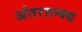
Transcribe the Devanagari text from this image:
अंतरसम्बद्ध